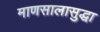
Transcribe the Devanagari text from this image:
माणसालासुद्धा